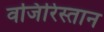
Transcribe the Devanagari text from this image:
वजिरिस्तान